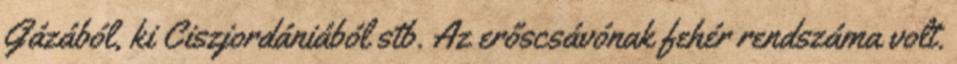
Gázából, ki Ciszjordániából stb. Az erőscsávónak fehér rendszáma volt.